Senior Leaving Certificate Examination (including Day School Certificate (Higher) General paper), 1949
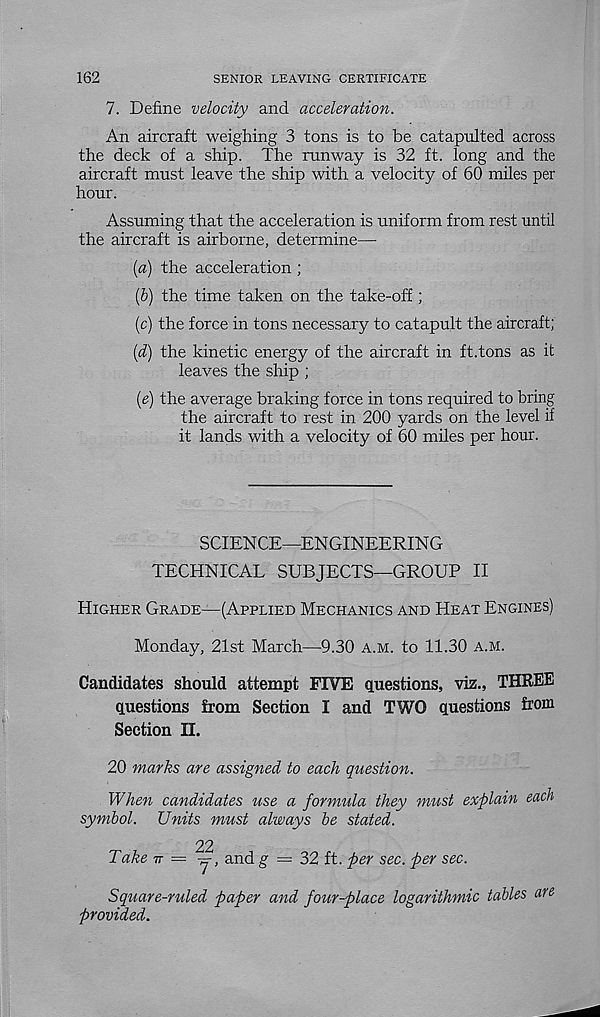
162
SENIOR LEAVING CERTIFICATE
7. Define velocity and acceleration.
An aircraft weighing 3 tons is to be catapulted across
the deck of a ship. The runway is 32 ft. long and the
aircraft must leave the ship with a velocity of 60 miles per
hour.
Assuming that the acceleration is uniform from rest until
the aircraft is airborne, determine—
(a) the acceleration ;
(5) the time taken on the take-off;
(c) the force in tons necessary to catapult the aircraft;
(d) the kinetic energy of the aircraft in ft.tons as it
leaves the ship ;
(e) the average braking force in tons required to bring
the aircraft to rest in 200 yards on the level if
it lands with a velocity of 60 miles per hour.
SCIENCE—ENGINEERING
TECHNICAL SUBJECTS—GROUP II
Higher Grade—(Applied Mechanics and Heat Engines)
Monday, 21st March—9.30 a.m. to 11.30 a.m.
Candidates should attempt FIVE questions, viz., THREE
questions from Section I and TWO questions from
Section II.
20 marks are assigned to each question.
When candidates use a formula they must explain each
symbol. Units must always be stated.
22
Take 7T — y, and g = 32 ft. per sec. per sec.
Square-ruled paper and four-place logarithmic tables are
provided.